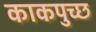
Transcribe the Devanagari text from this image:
काकपुच्छ